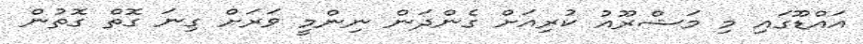
އައްޑޫގައި މި މަޝްރޫއު ކުރިއަށް ގެންދަން ނިންމީ ވަރަށް ގިނަ ގޮތް ގޮތުން